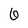
Character: 6